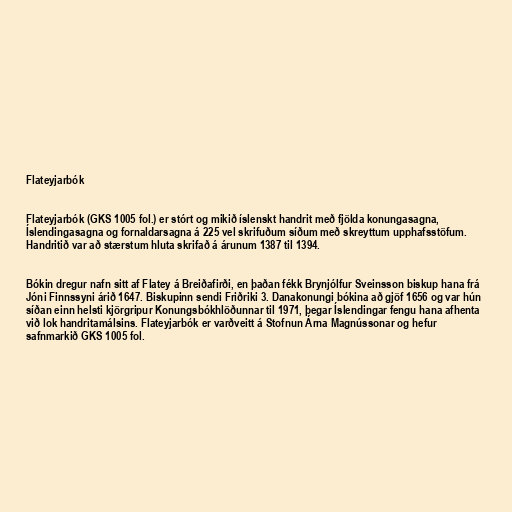
Flateyjarbók

Flateyjarbók (GKS 1005 fol.) er stórt og mikið íslenskt handrit með fjölda konungasagna,
Íslendingasagna og fornaldarsagna á 225 vel skrifuðum síðum með skreyttum upphafsstöfum.
Handritið var að stærstum hluta skrifað á árunum 1387 til 1394.

Bókin dregur nafn sitt af Flatey á Breiðafirði, en þaðan fékk Brynjólfur Sveinsson biskup hana frá
Jóni Finnssyni árið 1647. Biskupinn sendi Friðriki 3. Danakonungi bókina að gjöf 1656 og var hún
síðan einn helsti kjörgripur Konungsbókhlöðunnar til 1971, þegar Íslendingar fengu hana afhenta
við lok handritamálsins. Flateyjarbók er varðveitt á Stofnun Árna Magnússonar og hefur
safnmarkið GKS 1005 fol.